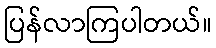
ပြန်လာကြပါတယ်။